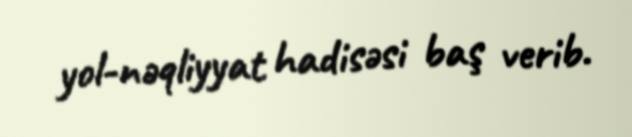
yol-nəqliyyat hadisəsi baş verib.